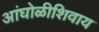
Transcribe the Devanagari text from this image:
आंघोळीशिवाय